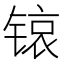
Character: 锿